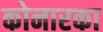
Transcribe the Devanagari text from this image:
कोनारका